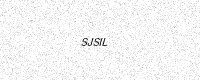
Text: SJSIL